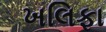
ખલિફા